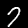
Digit: 7